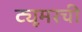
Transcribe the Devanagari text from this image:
ट्यूमरची